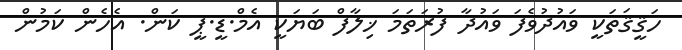
ހަޤީޤަތަކީ ވައުދުވެފަ ވައުދާ ފުރަތަމަ ޚިލާފް ބަޔަކީ އެމް.ޑީ.ޕީ ކަން. އެހެން ކަމުން